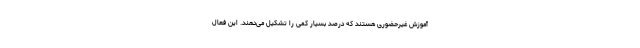
آموزش غیرحضوری هستند که درصد بسیار کمی را تشکیل می‌دهند. این فعال